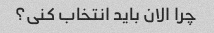
چرا الان باید انتخاب کنی؟